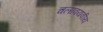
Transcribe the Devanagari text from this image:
चलावयवीय